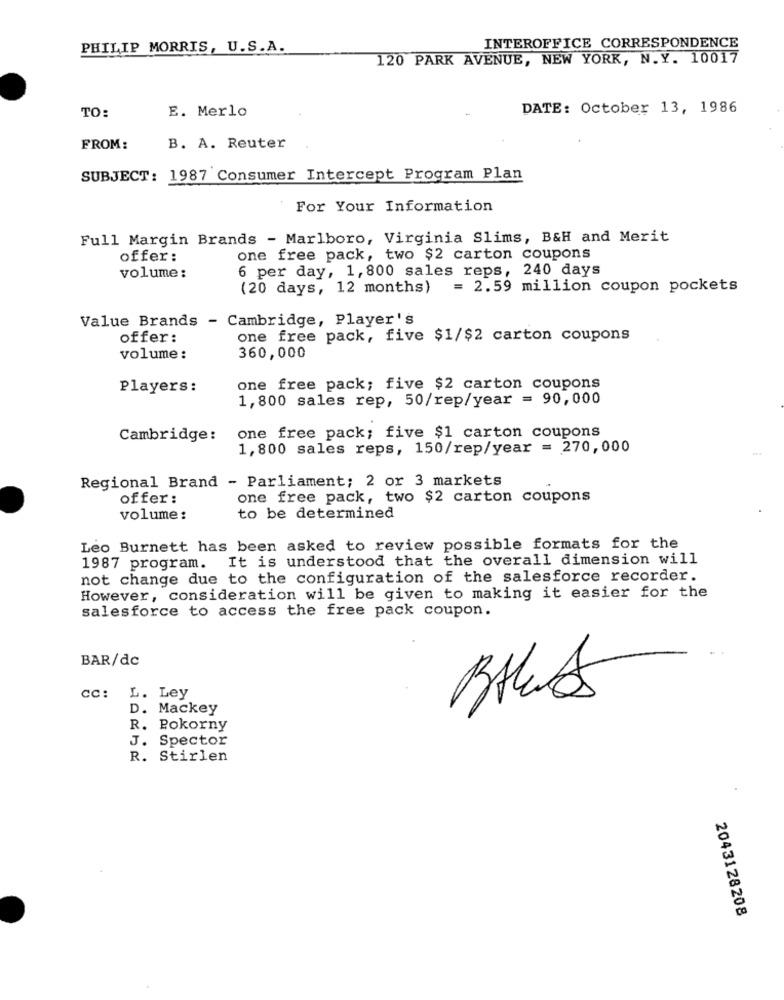
INTEROFFICE CORRESPONDENCE
PHILIP MORRIS, U.S.A.
120 PARK AVENUE, NEW YORK, N.Y. 10017
TO:
DATE: October 13, 1986
E. Merlo
FROM:
B. A. Reuter
SUBJECT: 1987 Consumer Intercept Program Plan
For Your Information
Full Margin Brands - Marlboro, Virginia Slims, B&H and Merit
offer:
one free pack, two $2 carton coupons
6 per day, 1,800 sales reps, 240 days
volume:
(20 days, 12 months) = 2.59 million coupon pockets
Value Brands - Cambridge, Player's
offer:
one free pack, five $1/$2 carton coupons
volume:
360,000
Players:
one free pack; five $2 carton coupons
1,800 sales rep, 50/rep/year = 90,000
Cambridge:
one free pack; five $1 carton coupons
1,800 sales reps, 150/rep/year = 270,000
Regional Brand - Parliament; 2 or 3 markets
offer:
one free pack, two $2 carton coupons
volume:
to be determined
Leo Burnett has been asked to review possible formats for the
1987 program. It is understood that the overall dimension will
not change due to the configuration of the salesforce recorder.
However, consideration will be given to making it easier for the
salesforce to access the free pack coupon.
BAR/dc
cc: L. Ley
D. Mackey
R. Pokorny
J. Spector
R. Stirlen
2043128208